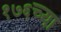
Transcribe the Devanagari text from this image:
१७६च्या